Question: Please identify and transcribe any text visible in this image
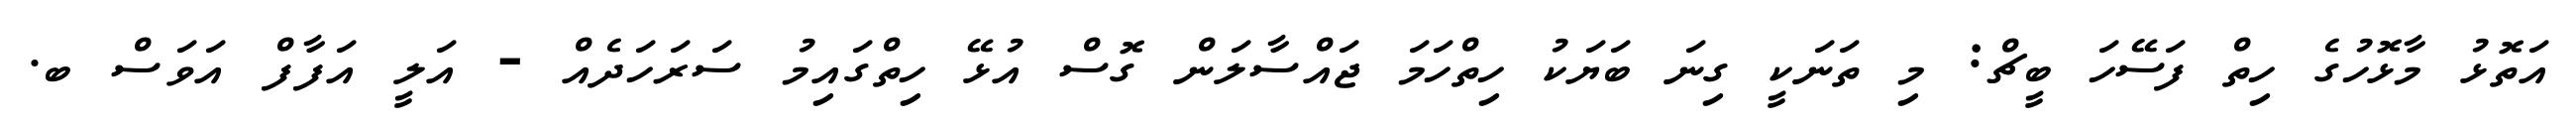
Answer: އަތޮޅު މާޅޮހުގެ ހިތް ފަސޭހަ ބީޗް: މި ތަނަކީ ގިނަ ބަޔަކު ހިތްހަމަ ޖައްސާލަން ގޮސް އުޅޭ ހިތްގައިމު ސަރަހަދެއް - އަލީ އަފާފް އަވަސް ބ.